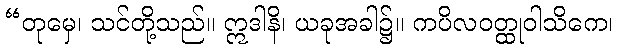
“တုမှေ၊ သင်တို့သည်။ ဣဒါနိ၊ ယခုအခါ၌။ ကပိလဝတ္ထုဝါသိကေ၊